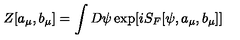
Z [ a _ { \mu } , b _ { \mu } ] = \int D \psi \exp [ i S _ { F } [ \psi , a _ { \mu } , b _ { \mu } ] ]